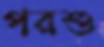
পরশু